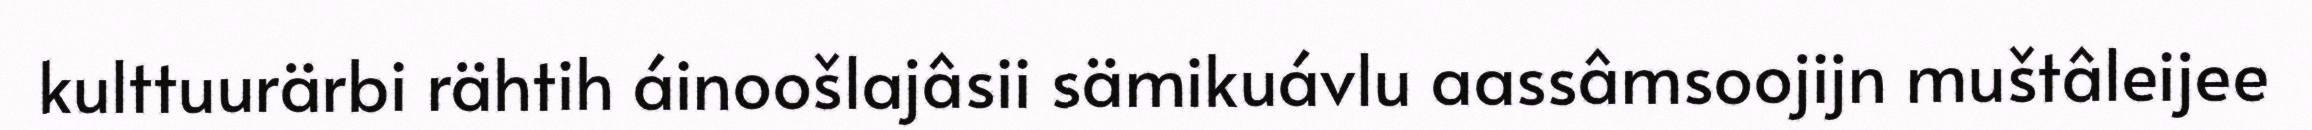
kulttuurärbi rähtih áinoošlajâsii sämikuávlu aassâmsoojijn muštâleijee